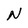
Character: N